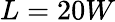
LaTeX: L=20W